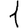
Digit: 1